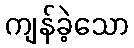
ကျန်ခဲ့သော